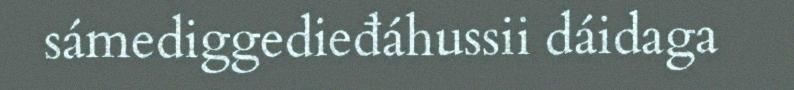
sámediggedieđáhussii dáidaga